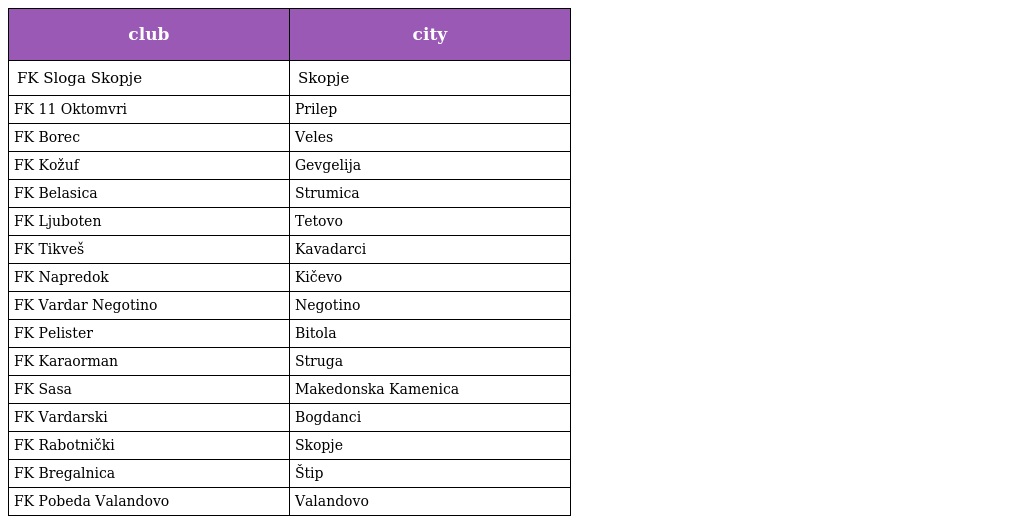
| club | city |
 | --- | --- |
 | FK Sloga Skopje | Skopje |
 | FK 11 Oktomvri | Prilep |
 | FK Borec | Veles |
 | FK Kožuf | Gevgelija |
 | FK Belasica | Strumica |
 | FK Ljuboten | Tetovo |
 | FK Tikveš | Kavadarci |
 | FK Napredok | Kičevo |
 | FK Vardar Negotino | Negotino |
 | FK Pelister | Bitola |
 | FK Karaorman | Struga |
 | FK Sasa | Makedonska Kamenica |
 | FK Vardarski | Bogdanci |
 | FK Rabotnički | Skopje |
 | FK Bregalnica | Štip |
 | FK Pobeda Valandovo | Valandovo |